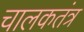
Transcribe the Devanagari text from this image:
चालकतंत्र